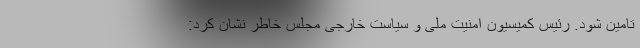
تامین شود. رئیس کمیسیون امنیت ملی و سیاست خارجی مجلس خاطر نشان کرد: